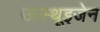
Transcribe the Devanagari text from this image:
ऊस्थूइजेन